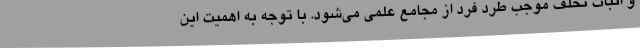
و اثبات تخلف موجب طرد فرد از مجامع علمی می‌شود. با توجه به اهمیت این